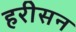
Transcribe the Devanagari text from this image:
हरीसन